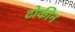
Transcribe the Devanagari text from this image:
टोकीन